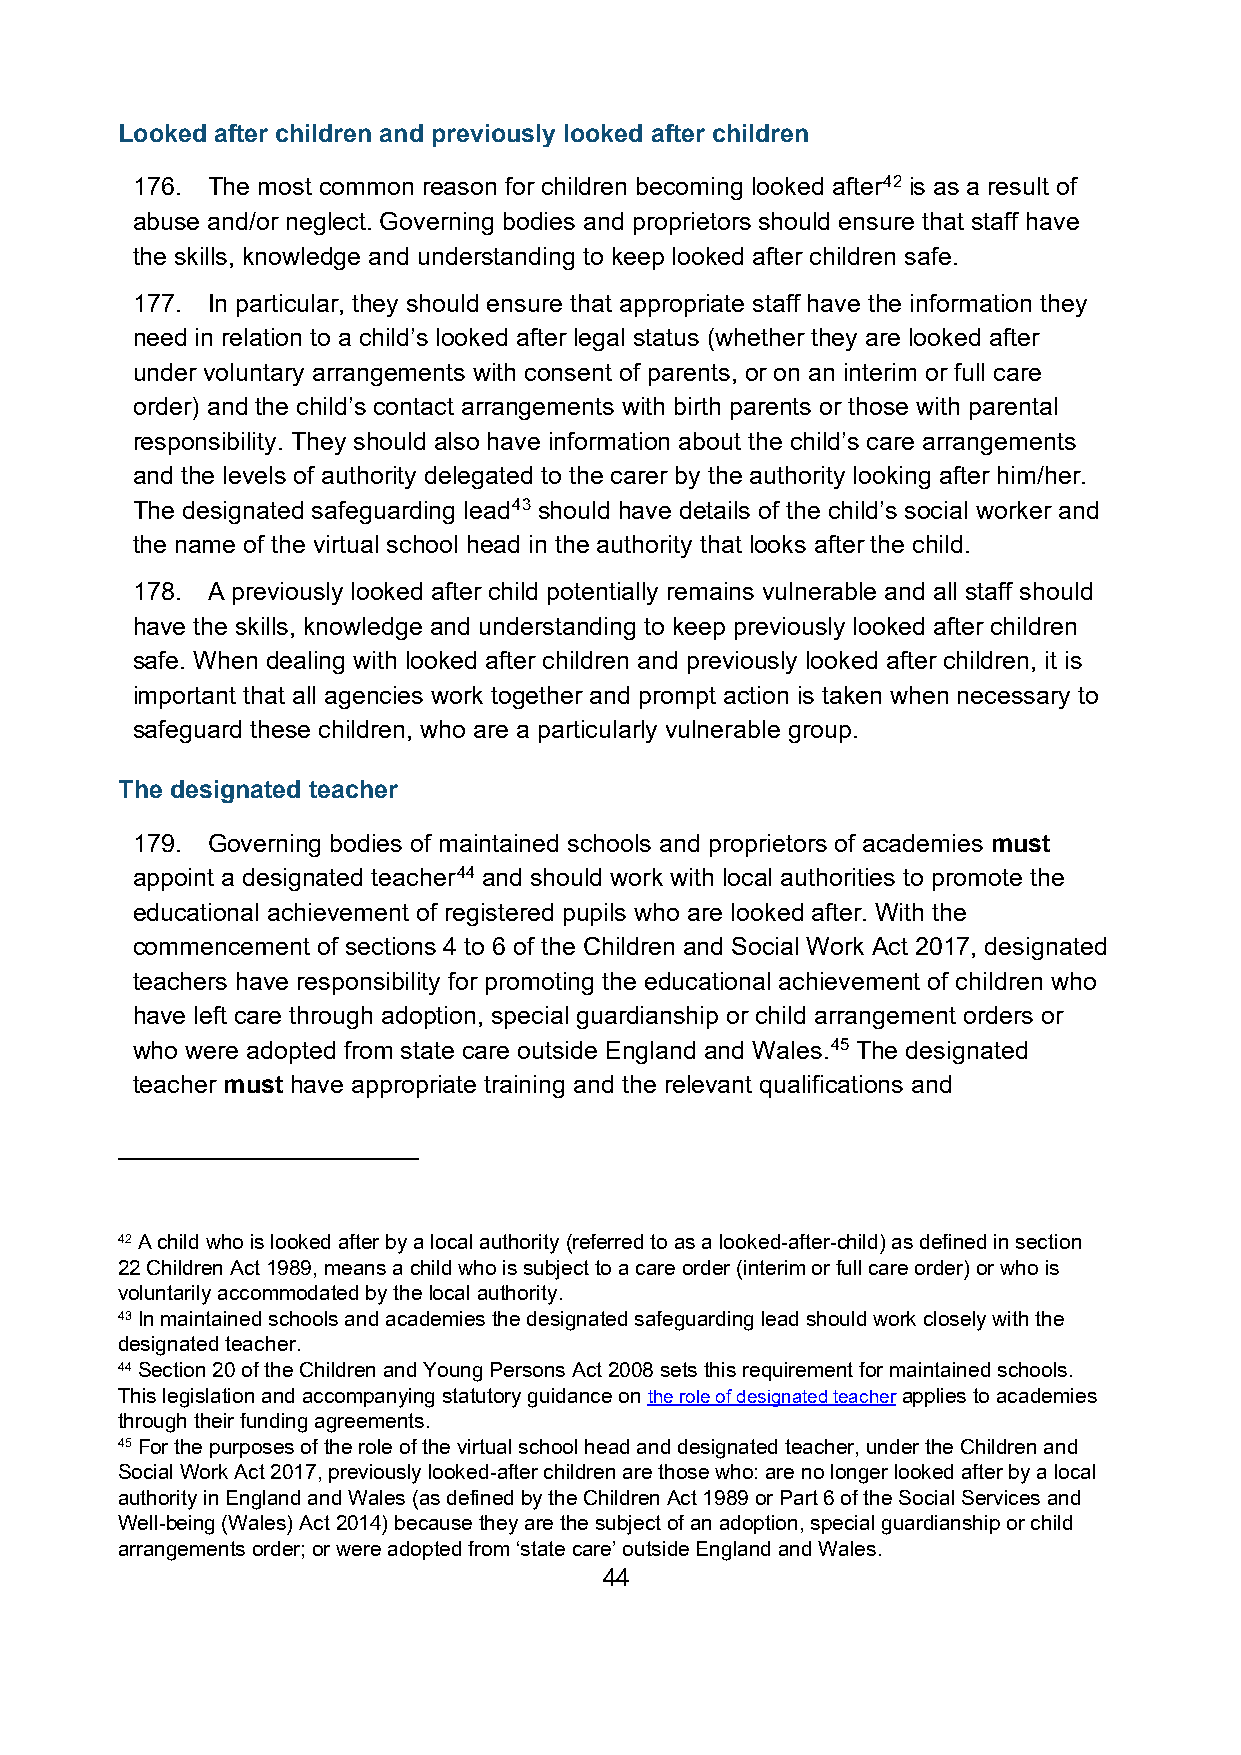
Looked after children and previously looked after children
 176. The most common reason for children becoming looked after42 is as a result of
 abuse and/or neglect. Governing bodies and proprietors should ensure that staff have
 the skills, knowledge and understanding to keep looked after children safe.
 177. In particular, they should ensure that appropriate staff have the information they
 need in relation to a child’s looked after legal status (whether they are looked after
 under voluntary arrangements with consent of parents, or on an interim or full care
 order) and the child’s contact arrangements with birth parents or those with parental
 responsibility. They should also have information about the child’s care arrangements
 and the levels of authority delegated to the carer by the authority looking after him/her.
 The designated safeguarding lead43 should have details of the child’s social worker and
 the name of the virtual school head in the authority that looks after the child.
 178. A previously looked after child potentially remains vulnerable and all staff should
 have the skills, knowledge and understanding to keep previously looked after children
 safe. When dealing with looked after children and previously looked after children, it is
 important that all agencies work together and prompt action is taken when necessary to
 safeguard these children, who are a particularly vulnerable group.
 The designated teacher
 179. Governing bodies of maintained schools and proprietors of academies must
 appoint a designated teacher44 and should work with local authorities to promote the
 educational achievement of registered pupils who are looked after. With the
 commencement of sections 4 to 6 of the Children and Social Work Act 2017, designated
 teachers have responsibility for promoting the educational achievement of children who
 have left care through adoption, special guardianship or child arrangement orders or
 who were adopted from state care outside England and Wales.45 The designated
 teacher must have appropriate training and the relevant qualifications and
 42 A child who is looked after by a local authority (referred to as a looked-after-child) as defined in section
 22 Children Act 1989, means a child who is subject to a care order (interim or full care order) or who is
 voluntarily accommodated by the local authority.
 43 In maintained schools and academies the designated safeguarding lead should work closely with the
 designated teacher.
 44 Section 20 of the Children and Young Persons Act 2008 sets this requirement for maintained schools.
 This legislation and accompanying statutory guidance on the role of designated teacher applies to academies
 through their funding agreements.
 45 For the purposes of the role of the virtual school head and designated teacher, under the Children and
 Social Work Act 2017, previously looked-after children are those who: are no longer looked after by a local
 authority in England and Wales (as defined by the Children Act 1989 or Part 6 of the Social Services and
 Well-being (Wales) Act 2014) because they are the subject of an adoption, special guardianship or child
 arrangements order; or were adopted from ‘state care’ outside England and Wales.
 44